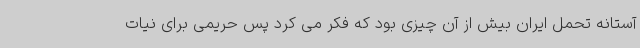
آستانه تحمل ایران بیش از آن چیزی بود که فکر می کرد پس حریمی برای نیات